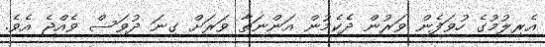
އެރިލުމުގެ ހުވަފެން ވަރުން ދެކެމުން އަންނަތާ ވަރަށް ގިނަ ދުވަސް ވެއްޖެ އެވެ.